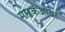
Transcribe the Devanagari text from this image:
माइकओवर